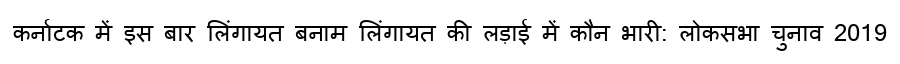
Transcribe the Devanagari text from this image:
कर्नाटक में इस बार लिंगायत बनाम लिंगायत की लड़ाई में कौन भारी: लोकसभा चुनाव 2019